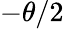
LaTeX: -\theta/2